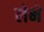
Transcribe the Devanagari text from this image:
लेभे